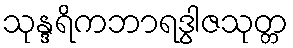
သုန္ဒရိကဘာရဒွါဇသုတ္တ